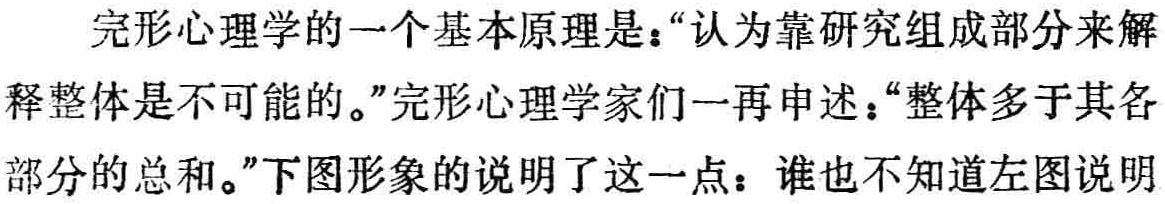
完形心理学的一个基本原理是：“认为靠研究组成部分来解释整体是不可能的。”完形心理学家们一再申述：“整体多于其各部分的总和。”下图形象的说明了这一点：谁也不知道左图说明